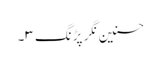
حسنین نگر پڑنگ ۳۔